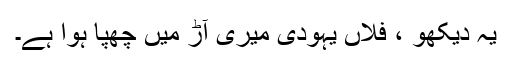
یہ دیکھو ، فلاں یہودی میری آڑ میں چھپا ہوا ہے۔